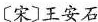
〔宋〕王安石